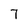
Character: 7